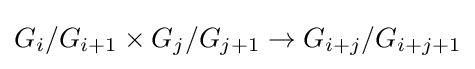
G_{i}/G_{i+1}\times G_{j}/G_{j+1}\to G_{i+j}/G_{i+j+1}